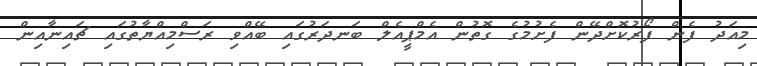
މިއަދު ފެން ފޯރުކޮށްދޭން ފެށުމުގެ ގޮތުން އެމްޕީއެލް ބަނދަރުގައި ބޭއްވި ރަސްމިއްޔާތުގައި ޗައިނާއިން